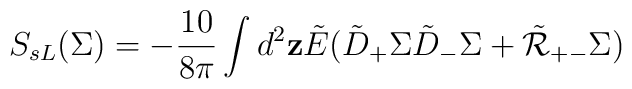
S_{sL}(\Sigma) =-\frac{10}{8\pi}\int d^2{\bf z} \tilde E( \tilde D_+ \Sigma \tilde D_-\Sigma + \tilde {\cal R}_{+-} \Sigma)